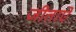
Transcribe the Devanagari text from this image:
जीताऐ